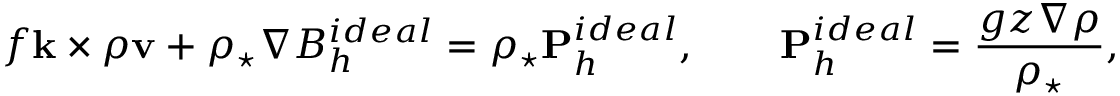
f { \bf k } \times \rho { \bf v } + \rho _ { \star } \nabla B _ { h } ^ { i d e a l } = \rho _ { \star } { \bf P } _ { h } ^ { i d e a l } , \qquad { \bf P } _ { h } ^ { i d e a l } = \frac { g z \nabla \rho } { \rho _ { \star } } ,